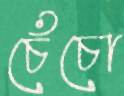
চেঁচো